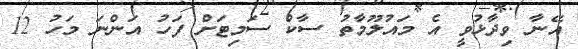
އޭނާ ވިދާޅުވީ އެ މައުލޫމާތު ސާކް ސަމިޓަށް ފަހު އަންނަ މަހު 12